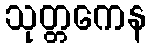
သုတ္တကေန